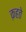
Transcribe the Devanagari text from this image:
क़हते